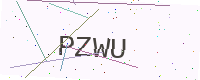
Text: PZWU